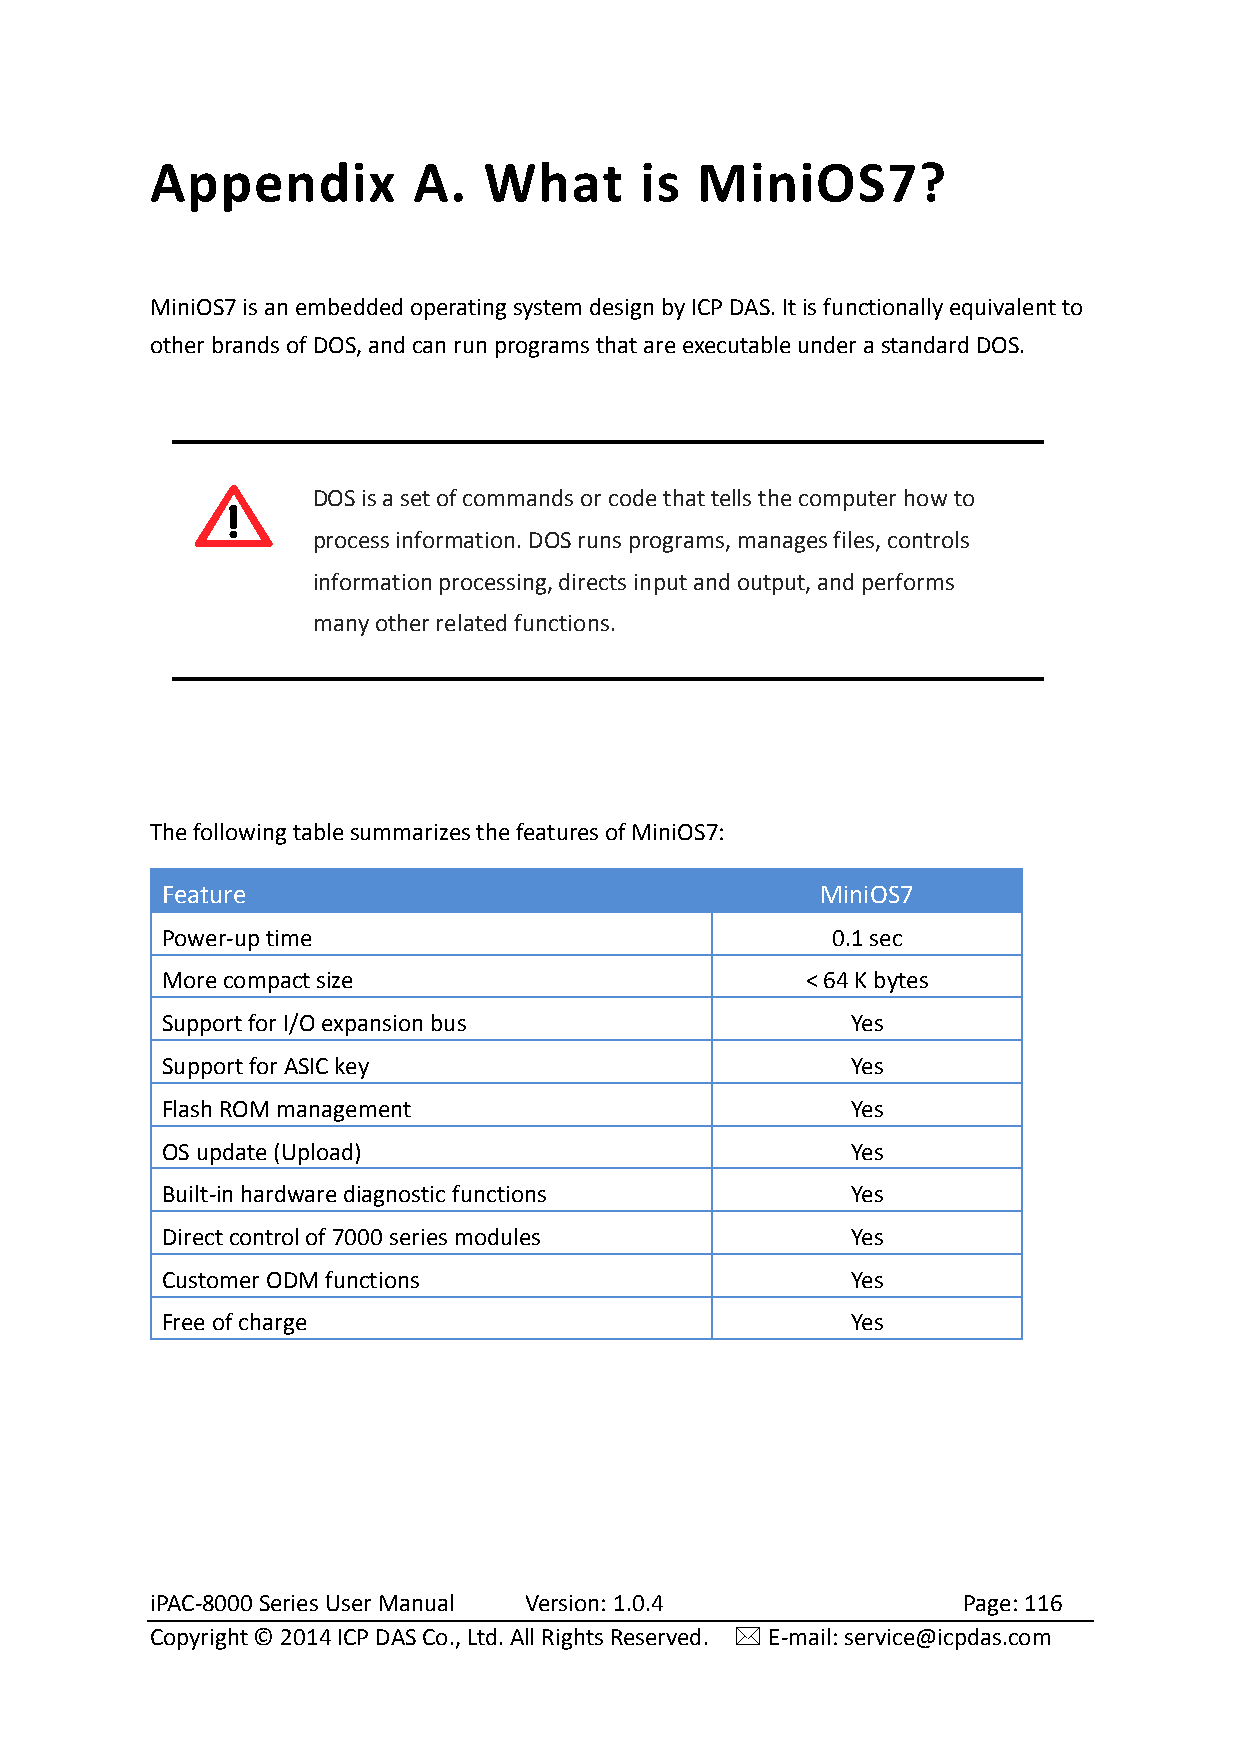
Appendix         A.   What      is  MiniOS7?
 MiniOS7 is an embedded operating system design by ICP DAS. It is functionally equivalent to
 other brands of DOS, and can run programs that are executable under a standard DOS.
 DOS is a set of commands or code that tells the computer how to
 process information. DOS runs programs, manages files, controls
 information processing, directs input and output, and performs
 many other related functions.
 The following table summarizes the features of MiniOS7:
 Feature                                    MiniOS7
 Power-up time                               0.1 sec
 More compact size                         < 64 K bytes
 Support for I/O expansion bus                Yes
 Support for ASIC key                         Yes
 Flash ROM management                         Yes
 OS update (Upload)                           Yes
 Built-in hardware diagnostic functions       Yes
 Direct control of 7000 series modules        Yes
 Customer ODM functions                       Yes
 Free of charge                               Yes
 iPAC-8000 Series User Manual Version: 1.0.4           Page: 116
 Copyright © 2014 ICP DAS Co., Ltd. All Rights Reserved.  E-mail: service@icpdas.com